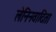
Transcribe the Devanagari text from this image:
लेनिनवादिता